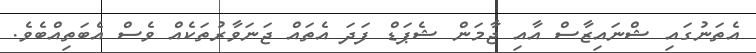
އެތަނުގައި ޝްނައިޒާސް އާއި ޖާމަން ޝެޕަޑް ފަދަ އެތައް ޖަނަވާރުތަކެއް ވެސް އެބަތިއްބެވެ.